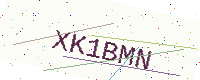
Text: XK1BMN